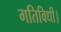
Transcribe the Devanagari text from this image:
गतिविधी।